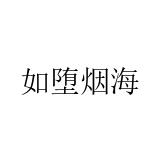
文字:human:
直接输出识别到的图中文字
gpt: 如堕烟海